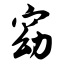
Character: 窈